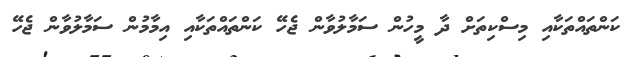
ކަންތައްތަކާއި މިސްކިތަށް ދާ މީހުން ސަމާލުވާން ޖެހޭ ކަންތައްތަކާއި އިމާމުން ސަމާލުވާން ޖެހޭ